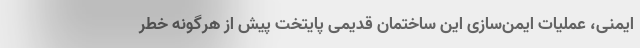
ایمنی، عملیات ایمن‌­سازی این ساختمان قدیمی پایتخت پیش از هرگونه خطر